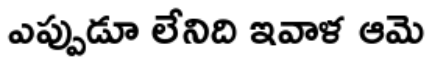
ఎప్పుడూ లేనిది ఇవాళ ఆమె